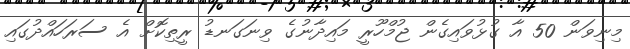
މިނިވަން 50 އާ ގުޅުވައިގެން ޖުމްހޫރީ މައިދާނުގެ ވިނަގަނޑު ރީތިކޮށް އެ ސަރަހައްދުގައި